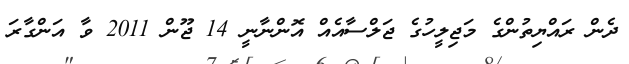
ދެން ރައްޔިތުންގެ މަޖިލީހުގެ ޖަލްސާއެއް އޮންނާނީ 14 ޖޫން 2011 ވާ އަންގާރަ